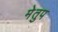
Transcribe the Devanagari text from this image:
मेेतुप